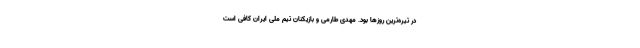
در تیره‌ترین روزها بود. مهدی طارمی و بازیکنان تیم ملی ایران کافی است